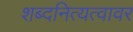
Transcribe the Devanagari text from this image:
शब्दनित्यत्वावर